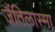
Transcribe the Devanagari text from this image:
जैंतिलास्मा